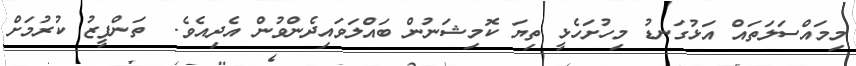
މިމައްސަލަތައް އަޅުގަނޑު މިހުށަހެޅީ ތިޔަ ކޮމިޝަނުން ބައްލަވައިދެންވުން އެދިއެވެ.  ތަންފީޒު ކުރުމަށް